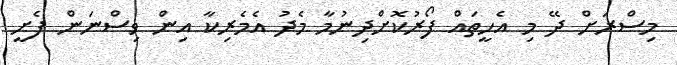
މިސްރަށް ދޭ މި އެހީތައް ފޯރުކޮށްދިނުމާ މެދު އެމެރިކާ އިން ވިސްނަން ފެށީ